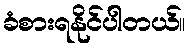
ခံစားရနိုင်ပါတယ်။